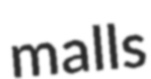
malls